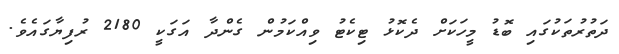
ދަތުރުތަކުގައި ބޮޑު މީހަކަށް ދެކޮޅު ޓިކެޓު ވިއްކަމުން ގެންދާ އަގަކީ 2180 ރުފިޔާގައެވެ.